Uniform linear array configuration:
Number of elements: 24
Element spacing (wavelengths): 1
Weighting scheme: hann
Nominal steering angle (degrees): -45
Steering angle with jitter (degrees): -46.647
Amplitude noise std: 0.05
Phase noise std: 0.05

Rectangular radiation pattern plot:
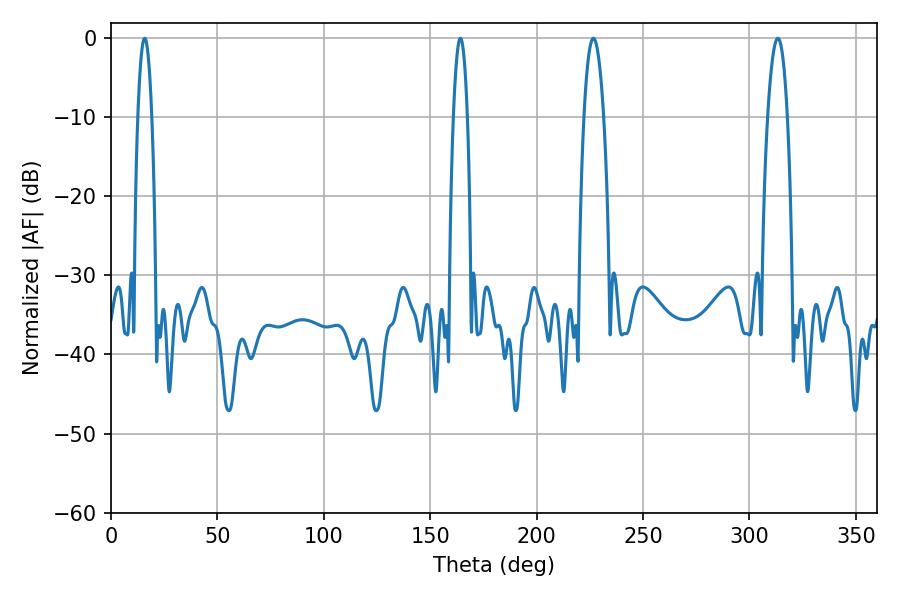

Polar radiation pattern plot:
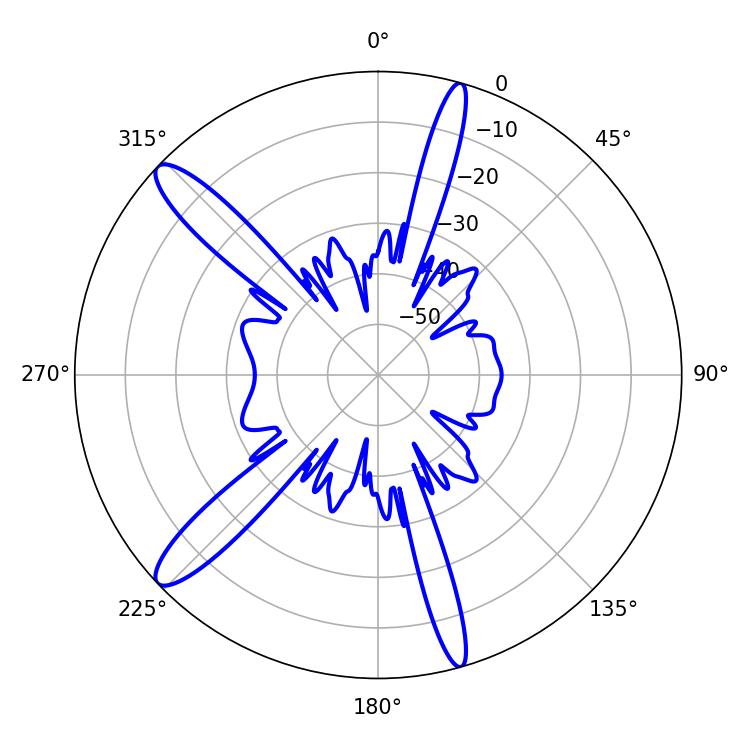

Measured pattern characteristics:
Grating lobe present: TRUE
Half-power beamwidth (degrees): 3.6
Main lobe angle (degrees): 15.84